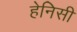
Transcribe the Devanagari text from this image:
हेनिसी